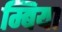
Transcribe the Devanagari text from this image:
म्बिया